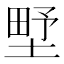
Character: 㙒